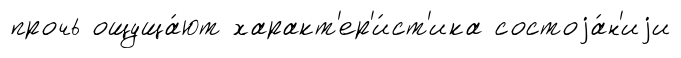
прочь ощуща́ют характ'ер'и́ст'ика состоjа́н'иjи